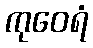
ကုဝေရံ